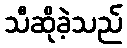
သီဆိုခဲ့သည်